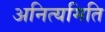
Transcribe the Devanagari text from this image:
अनित्यमिति